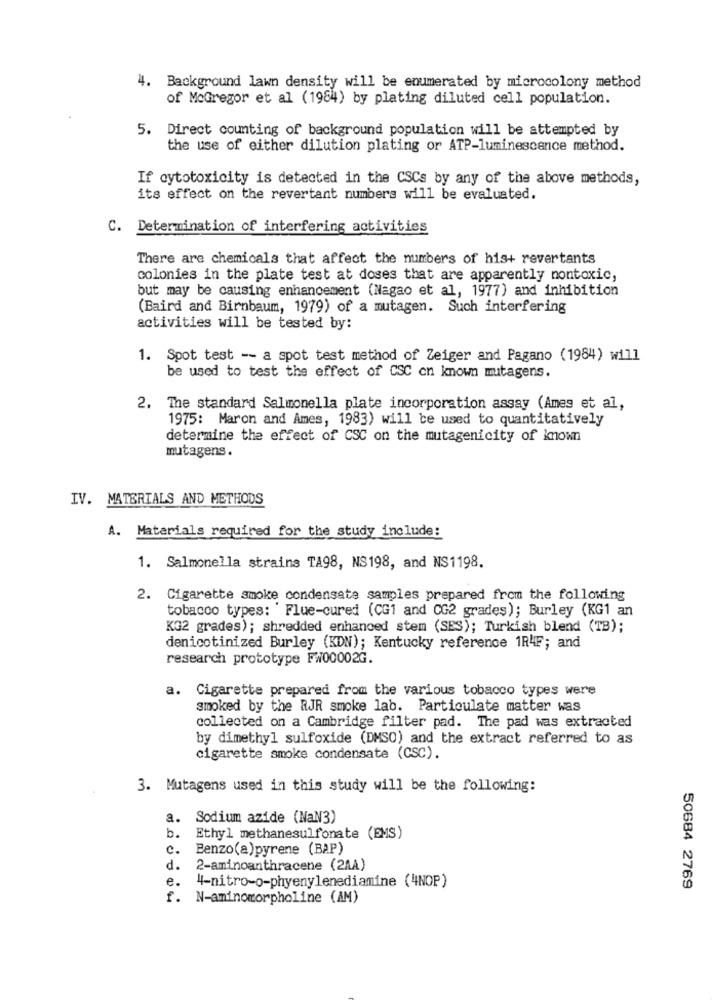
4. Background lawn density will be enumerated by microcolony method
of McGregor et al (1984) by plating diluted cell population.
5. Direct counting of background population will be attempted by
the use of either dilution plating or ATP-luminescence method.
If cytotoxicity is detected in the CSCs by any of the above methods,
its effect on the revertant numbers will be evaluated.
C. Determination of interfering activities
There are chemicals that affect the numbers of his+ revertants
colonies in the plate test at doses that are apparently nontoxic,
but may be causing enhancement (Nagao et al, 1977) and inhibition
(Baird and Birnbaum, 1979) of a mutagen. Such interfering
activities will be tested by:
1. Spot test -- a spot test method of Zeiger and Pagano (1984) will
be used to test the effect of CSC on known mutagens.
2. The standard Salmonella plate incorporation assay (Ames et al,
1975: Maron and Ames, 1983) will be used to quantitatively
determine the effect of CSC on the mutagenicity of known
mutagens.
IV. MATERIALS AND METHODS
A. Materials required for the study include:
1. Salmonella strains TA98, NS198, and NS1198.
2. Cigarette smoke condensate samples prepared from the following
tobacco types: ' Flue-cured (CG1 and CG2 grades); Burley (KG1 an
KG2 grades); shredded enhanced stem (SES); Turkish blend (TB);
denicotinized Burley (KDN); Kentucky reference 1R4F; and
research prototype F#00002G.
a. Cigarette prepared from the various tobacco types were
smoked by the RJR smoke lab. Particulate matter was
collected on a Cambridge filter pad. The pad was extracted
by dimethyl sulfoxide (DMSO) and the extract referred to as
cigarette smoke condensate (CSC).
3. Mutagens used in this study will be the following:
a. Sodium azide (NaN3)
b.
Ethyl methanesulfonate (EMS)
c.
Benzo(a)pyrene (BAP)
d.
2-aminoanthracene (2AA)
e.
50684 2769
4-nitro-o-phyenylenediamine (4NOP)
f.
N-aminomorpholine (AM)